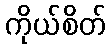
ကိုယ်စိတ်